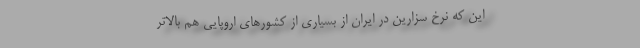
این که نرخ سزارین در ایران از بسیاری از کشورهای اروپایی هم بالاتر